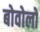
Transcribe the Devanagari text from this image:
बोवोलो